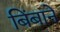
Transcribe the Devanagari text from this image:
बिंबाने